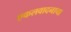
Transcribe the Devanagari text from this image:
एकलवादनाचा